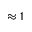
\approx 1